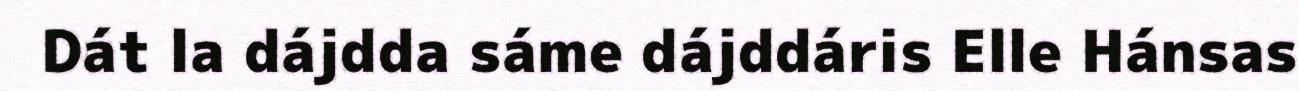
Dát la dájdda sáme dájddáris Elle Hánsas